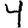
Digit: 4